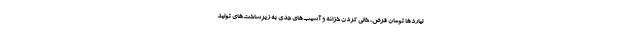
لیاردها تومان قرض، خالی کردن خزانه و آسیب‌های جدی به زیرساخت‌های تولید